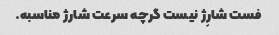
فست شارِژ نیست گرچه سرعت شارژ مناسبه.